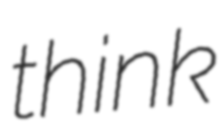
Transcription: think